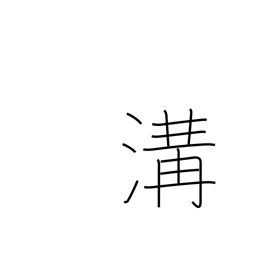
Meaning: sewer